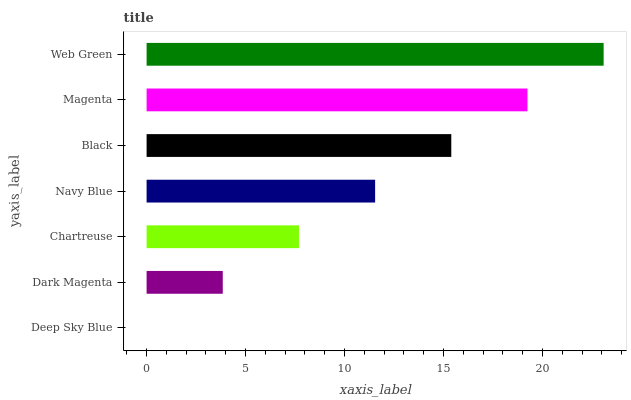
| yaxis_label | bars |
 | --- | --- |
 | Deep Sky Blue | 0 |
 | Dark Magenta | 3.85 |
 | Chartreuse | 7.7 |
 | Navy Blue | 11.5 |
 | Black | 15.4 |
 | Magenta | 19.2 |
 | Web Green | 23.1 |